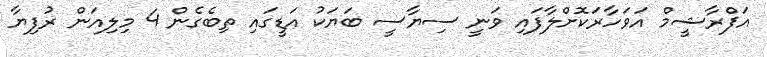
އަފްރާޝީމް އަވަހާރަކޮށްލާފައި ވަނީ ސިޔާސީ ބަޔަކު އަޑީގައި ތިބެގެން 4 މިލިއަން ރުފިޔާ